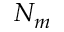
N _ { m }